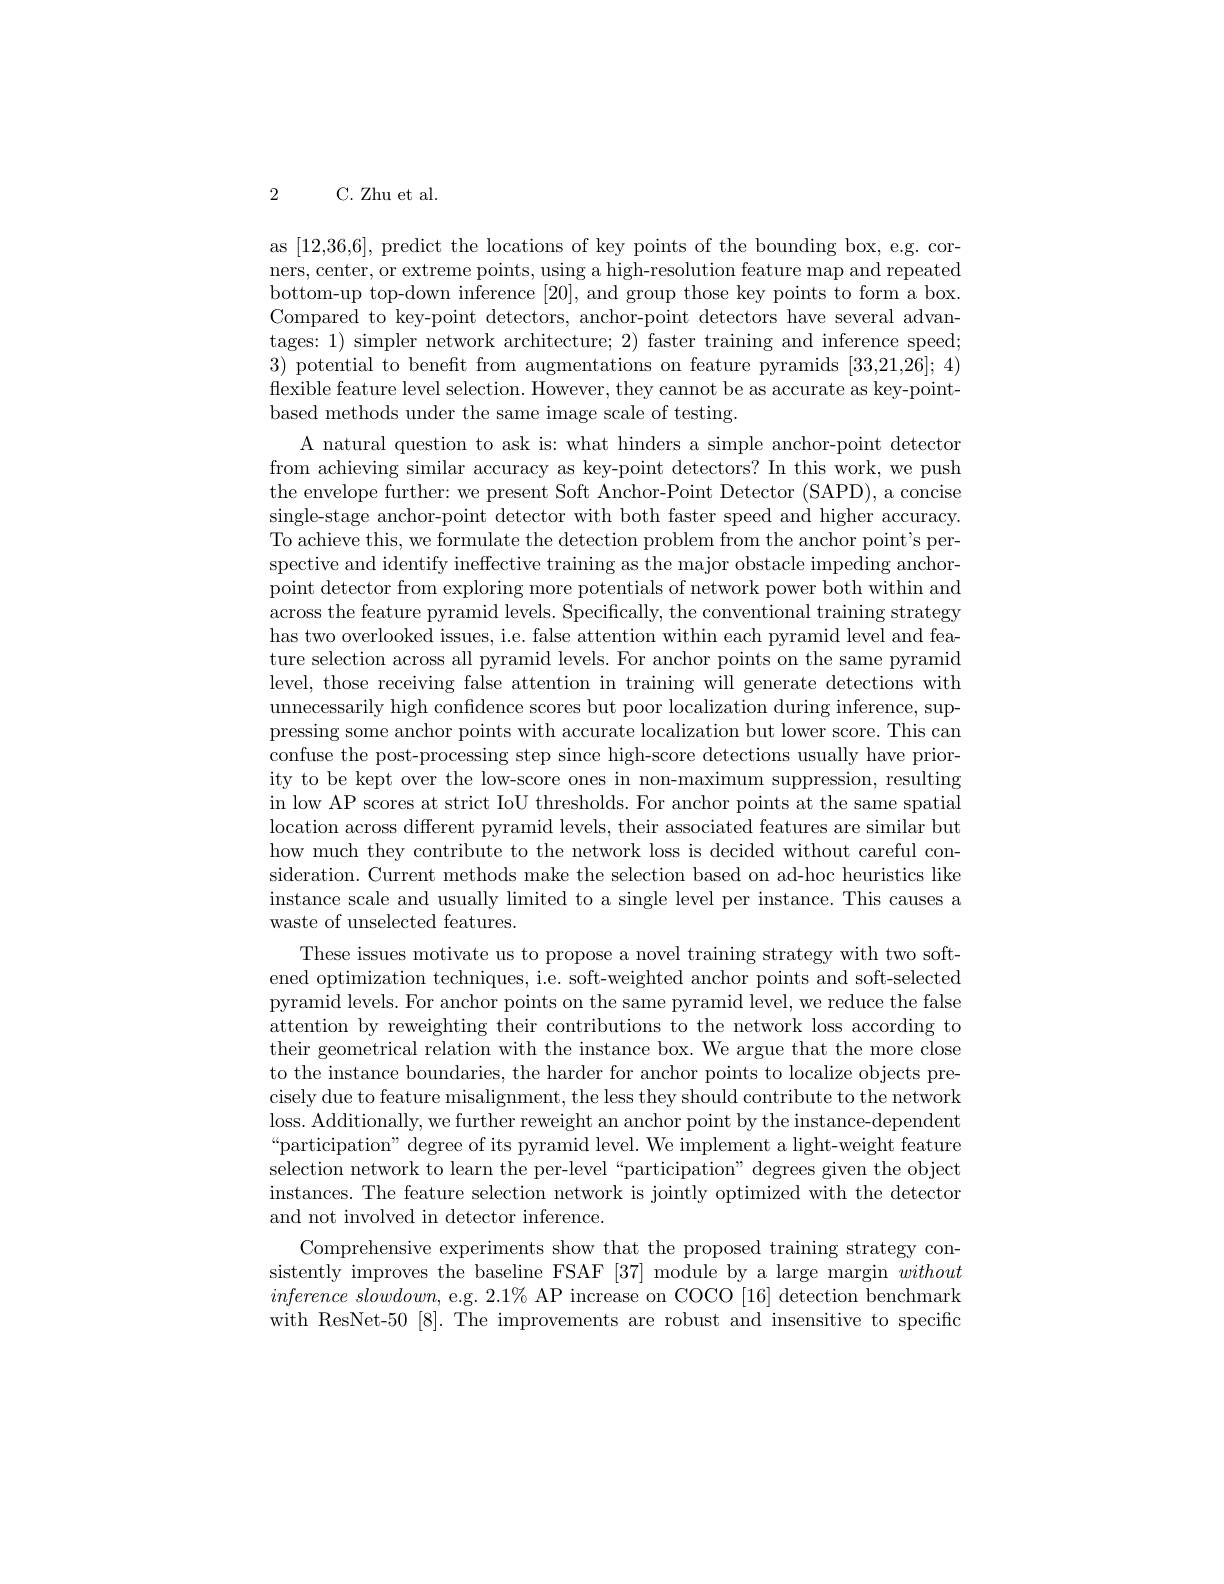
2 C.Zhu et al.

as [12,36,6], predict the locations of key points of the bounding box, e.g. corners, center, or extreme points, using a high-resolution feature map and repeated bottom-up top-down inference [20],and group those key points to form a box. Compared to key-point detectors, anchor-point detectors have several advantages: 1) simpler network architecture; 2) faster training and inference speed; 3) potential to benefit from augmentations on feature pyramids [33,21,26];4) flexible feature level selection. However, they cannot be as accurate as key-pointbased methods under the same image scale of testing.
A natural question to ask is: what hinders a simple anchor-point detector from achieving similar accuracy as key-point detectors? In this work, we push the envelope further: we present Soft Anchor-Point Detector (SAPD), a concise single-stage anchor-point detector with both faster speed and higher accuracy. To achieve this, we formulate the detection problem from the anchor point's perspective and identify ineffective training as the major obstacle impeding anchorpoint detector from exploring more potentials of network power both within and across the feature pyramid levels. Specifically, the conventional training strategy has two overlooked issues, i.e. false attention within each pyramid level and feature selection across all pyramid levels. For anchor points on the same pyramid level, those receiving false attention in training will generate detections with unnecessarily high confidence scores but poor localization during inference, suppressing some anchor points with accurate localization but lower score. This can confuse the post-processing step since high-score detections usually have priority to be kept over the low-score ones in non-maximum suppression, resulting in low AP scores at strict IoU thresholds. For anchor points at the same spatial location across different pyramid levels, their associated features are similar but how much they contribute to the network loss is decided without careful consideration. Current methods make the selection based on ad-hoc heuristics like instance scale and usually limited to a single level per instance. This causes a waste of unselected features.
These issues motivate us to propose a novel training strategy with two softened optimization techniques, i.e. soft-weighted anchor points and soft-selected pyramid levels. For anchor points on the same pyramid level, we reduce the false attention by reweighting their contributions to the network loss according to their geometrical relation with the instance box. We argue that the more close to the instance boundaries, the harder for anchor points to localize objects precisely due to feature misalignment, the less they should contribute to the network loss. Additionally, we further reweight an anchor point by the instance-dependent “participation” degree of its pyramid level. We implement a light-weight feature selection network to learn the per-level“participation” degrees given the object instances. The feature selection network is jointly optimized with the detector and not involved in detector inference.
Comprehensive experiments show that the proposed training strategy consistently improves the baseline FSAF [37] module by a large margin without $inference\textit{ slowdown, e. g. 2. 1\% AP increase on COCO [ 16] detection benchmark}$ with ResNet-50[8].The improvements are robust and insensitive to specific